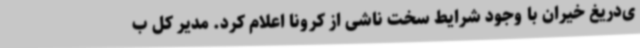
ی‌دریغ خیران با وجود شرایط سخت ناشی از کرونا اعلام کرد. مدیر کل ب